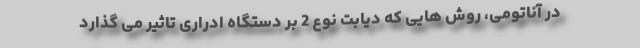
در آناتومی، روش هایی که دیابت نوع 2 بر دستگاه ادراری تاثیر می گذارد